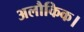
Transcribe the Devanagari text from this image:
अलौकिक।